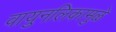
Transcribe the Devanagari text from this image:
वायुनलिकामुळे